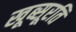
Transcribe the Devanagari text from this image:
खूब्सूरति